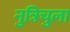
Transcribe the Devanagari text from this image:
नुत्रिचुला